Lunatic asylums Madras 1892-1911 - 1892-1911
Year: 1892
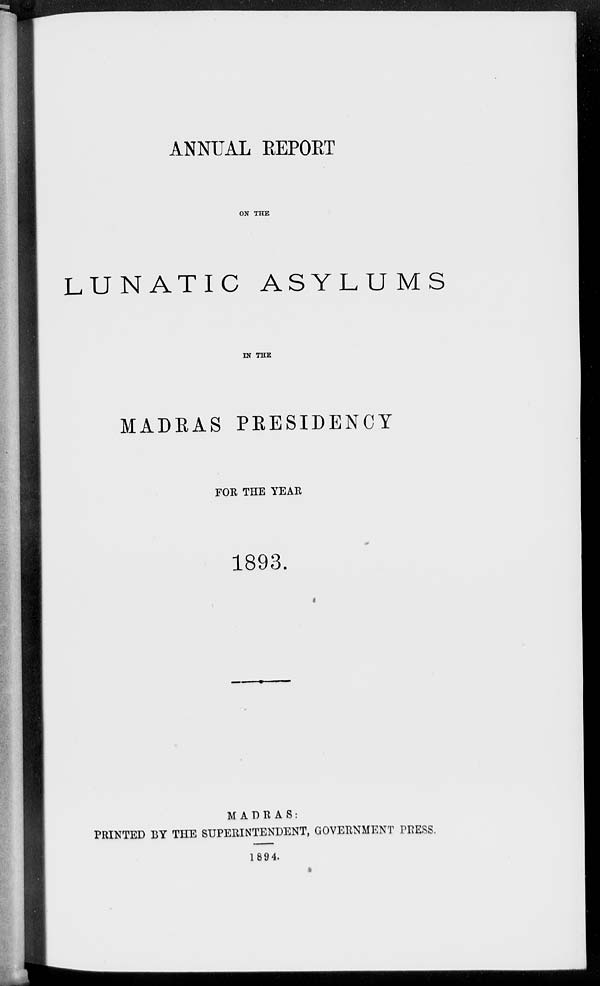
ANNUAL REPORT
ON THE
LUNATIC ASYLUMS
IN THE
MADRAS PRESIDENCY
FOR THE YEAR
1893.
MADRAS:
PRINTED BY THE SUPERINTENDENT, GOVERNMENT PRESS.
1894.